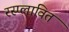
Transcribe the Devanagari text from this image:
रस्प्लावित